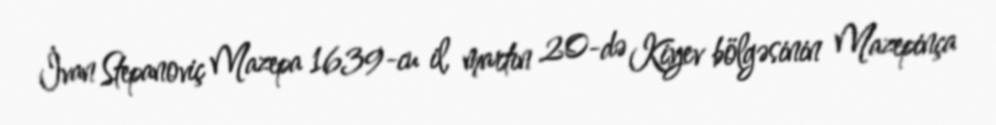
İvan Stepanoviç Mazepa 1639-cu il, martın 20-də Kiyev bölgəsinin Mazepinça